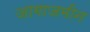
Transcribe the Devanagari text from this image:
जागाजमीन